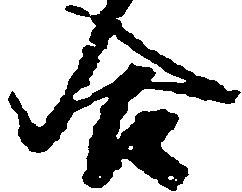
合